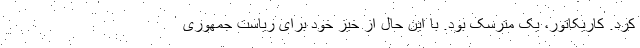
کرد. کاریکاتور، یک مترسک بود. با این حال از خیز خود برای ریاست جمهوری